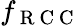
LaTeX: f_{\mathrm{~R~C~C~}}